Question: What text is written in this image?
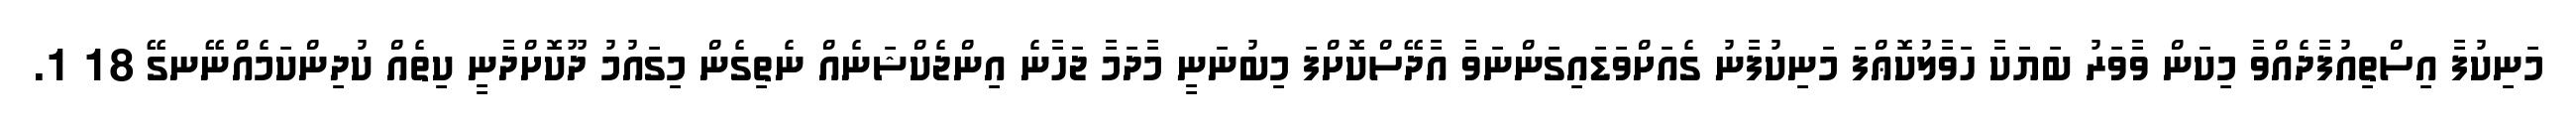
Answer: މަނިކުފާ އިސްތިއުފާދެއްވާ މިކަން ވާވަރު ބަޔަކާ ހަވާލުކޮޢްފަ މަނިކުފާނު ގެއަށްވަޑައިގަންނަވާ އާދޭސްކޮށްފަ މިބުނަނީ މާދަމާ ޖަހާނެ އިންޖެކްޝަނެއް ނެތިގެން މިގައުމު ދޫކޮށްދާނީ ކިތެއް ކުދިންކަމެއްނޭނގޭ 18 1.